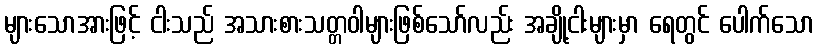
များသောအားဖြင့် ငါးသည် အသားစားသတ္တဝါများဖြစ်သော်လည်း အချို့ငါးများမှာ ရေတွင် ပေါက်သော